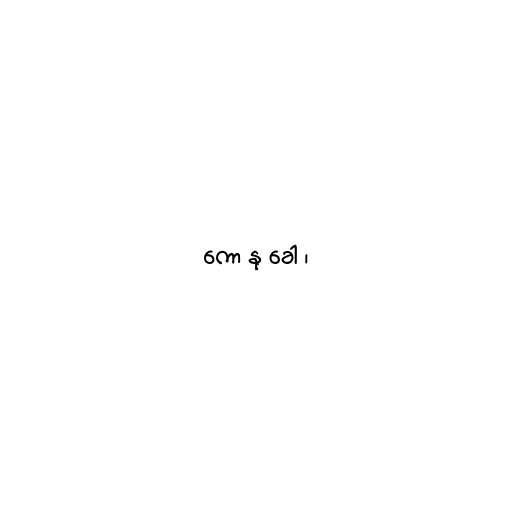
ကော နု ခေါ ၊